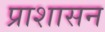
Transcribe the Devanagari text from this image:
प्राशासन